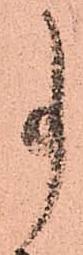
事